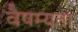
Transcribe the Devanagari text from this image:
वैषम्यता